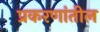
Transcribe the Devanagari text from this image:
प्रकरणांतील